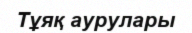
Тұяқ аурулары